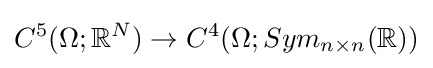
C^{5}(\Omega ;\mathbb {R} ^{N})\to C^{4}(\Omega ;Sym_{n\times n}(\mathbb {R} ))